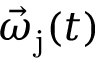
\vec { \omega } _ { \mathrm { j } } ( t )